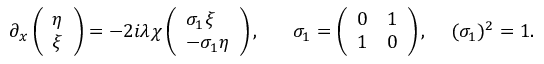
\partial _ { x } \left( \begin{array} { l } { { \eta } } \\ { { \xi } } \end{array} \right) = - 2 i \lambda \chi \left( \begin{array} { l } { { \sigma _ { 1 } \xi } } \\ { { - \sigma _ { 1 } \eta } } \end{array} \right) , \, \, \, \, \, \, \, \, \, \, \sigma _ { 1 } = \left( \begin{array} { l l } { { 0 } } & { { 1 } } \\ { { 1 } } & { { 0 } } \end{array} \right) , \, \, \, \, \, \, \, ( \sigma _ { 1 } ) ^ { 2 } = 1 .